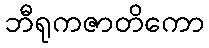
ဘီရုကဇာတိကော